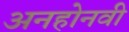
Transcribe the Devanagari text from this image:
अनहोनवी